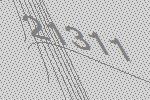
21311